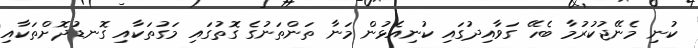
ކުނި މެނޭޖުކުރުމާ ބެހޭ ގަވާއިދުގައި ކުނިއެޅުން މަނާ ތަންތަނުގެ ގޮތުގައި މަގުތަކާއި ގޮނޑުދޮށްތަކާއި